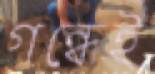
গন্ধেই